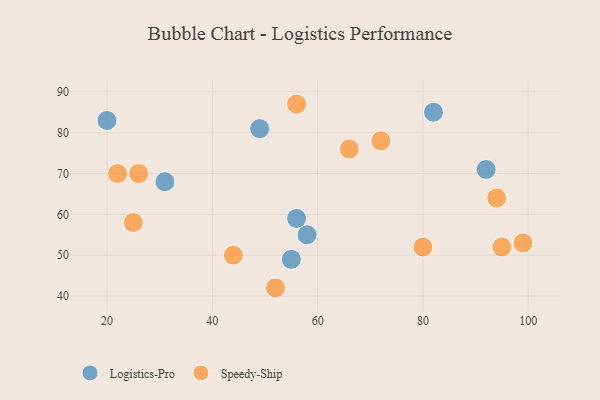
{"axis": {"x": "GDP", "y": "Life Expectancy"}, "legend": ["Logistics-Pro", "Speedy-Ship"], "data": [{"x": "82", "y": 85, "type": "Logistics-Pro"}, {"x": "31", "y": 68, "type": "Logistics-Pro"}, {"x": "92", "y": 71, "type": "Logistics-Pro"}, {"x": "58", "y": 55, "type": "Logistics-Pro"}, {"x": "55", "y": 49, "type": "Logistics-Pro"}, {"x": "56", "y": 59, "type": "Logistics-Pro"}, {"x": "20", "y": 83, "type": "Logistics-Pro"}, {"x": "49", "y": 81, "type": "Logistics-Pro"}, {"x": "95", "y": 52, "type": "Speedy-Ship"}, {"x": "26", "y": 70, "type": "Speedy-Ship"}, {"x": "72", "y": 78, "type": "Speedy-Ship"}, {"x": "44", "y": 50, "type": "Speedy-Ship"}, {"x": "56", "y": 87, "type": "Speedy-Ship"}, {"x": "99", "y": 53, "type": "Speedy-Ship"}, {"x": "80", "y": 52, "type": "Speedy-Ship"}, {"x": "25", "y": 58, "type": "Speedy-Ship"}, {"x": "94", "y": 64, "type": "Speedy-Ship"}, {"x": "66", "y": 76, "type": "Speedy-Ship"}, {"x": "52", "y": 42, "type": "Speedy-Ship"}, {"x": "22", "y": 70, "type": "Speedy-Ship"}]}